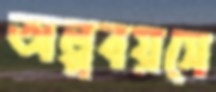
অল্পবয়সে